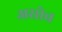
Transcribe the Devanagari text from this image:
असोच